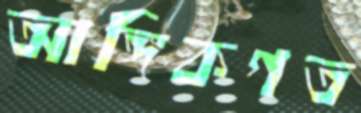
আঙ্গিকগত